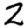
Digit: 2